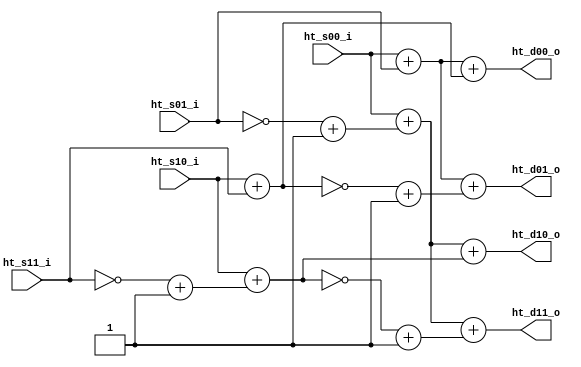
module tq_ht2x2 (
  ht_s00_i, ht_s01_i, ht_s10_i, ht_s11_i, 
  ht_d00_o, ht_d01_o, ht_d10_o, ht_d11_o
);

parameter IN_WIDTH = 15;
parameter OUT_WIDTH = 15;

input  [IN_WIDTH-1:0] ht_s00_i, ht_s01_i;
input  [IN_WIDTH-1:0] ht_s10_i, ht_s11_i;

output [OUT_WIDTH-1:0] ht_d00_o, ht_d01_o;
output [OUT_WIDTH-1:0] ht_d10_o, ht_d11_o;

wire  [IN_WIDTH-1:0] n_s1_plus1, n_s3_plus1;
wire  [IN_WIDTH-1:0] t0, t1, t2, t3;
wire  [IN_WIDTH-1:0] n_t1_plus1, n_t3_plus1;

assign n_s1_plus1 = ~ht_s01_i + 1'b1;
assign n_s3_plus1 = ~ht_s11_i + 1'b1;

assign t0 = ht_s00_i + ht_s01_i;
assign t1 = ht_s10_i + ht_s11_i;
assign t2 = ht_s00_i + n_s1_plus1;
assign t3 = ht_s10_i + n_s3_plus1;

assign n_t1_plus1 = ~t1 + 1'b1;
assign n_t3_plus1 = ~t3 + 1'b1;

assign ht_d00_o = t0 + t1;
assign ht_d01_o = t0 + n_t1_plus1;
assign ht_d10_o = t2 + t3;
assign ht_d11_o = t2 + n_t3_plus1;

endmodule